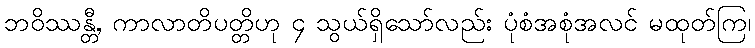
ဘဝိဿန္တီ, ကာလာတိပတ္တိဟု ၄ သွယ်ရှိသော်လည်း ပုံစံအစုံအလင် မထုတ်ကြ၊